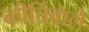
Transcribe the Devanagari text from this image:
कीर्तिवाले